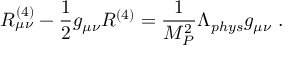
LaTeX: R _ { \mu \nu } ^ { ( 4 ) } - \frac { 1 } { 2 } g _ { \mu \nu } R ^ { ( 4 ) } = \frac { 1 } { M _ { P } ^ { 2 } } \Lambda _ { p h y s } g _ { \mu \nu } ~ .